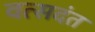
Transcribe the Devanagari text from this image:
वत्सदंत